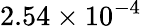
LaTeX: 2.54\times 10^{-4}